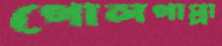
গোলগাপ্পা